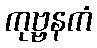
ကုဗ္ဗနကံ